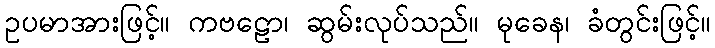
ဥပမာအားဖြင့်။ ကဗဠော၊ ဆွမ်းလုပ်သည်။ မုခေန၊ ခံတွင်းဖြင့်။